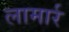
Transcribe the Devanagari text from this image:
लामार्र